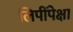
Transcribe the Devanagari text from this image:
लिपींपेक्षा